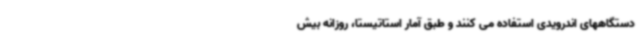
دستگاههای اندرویدی استفاده می کنند و طبق آمار استاتیستا، روزانه بیش